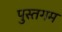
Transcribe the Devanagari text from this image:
पुस्तगम